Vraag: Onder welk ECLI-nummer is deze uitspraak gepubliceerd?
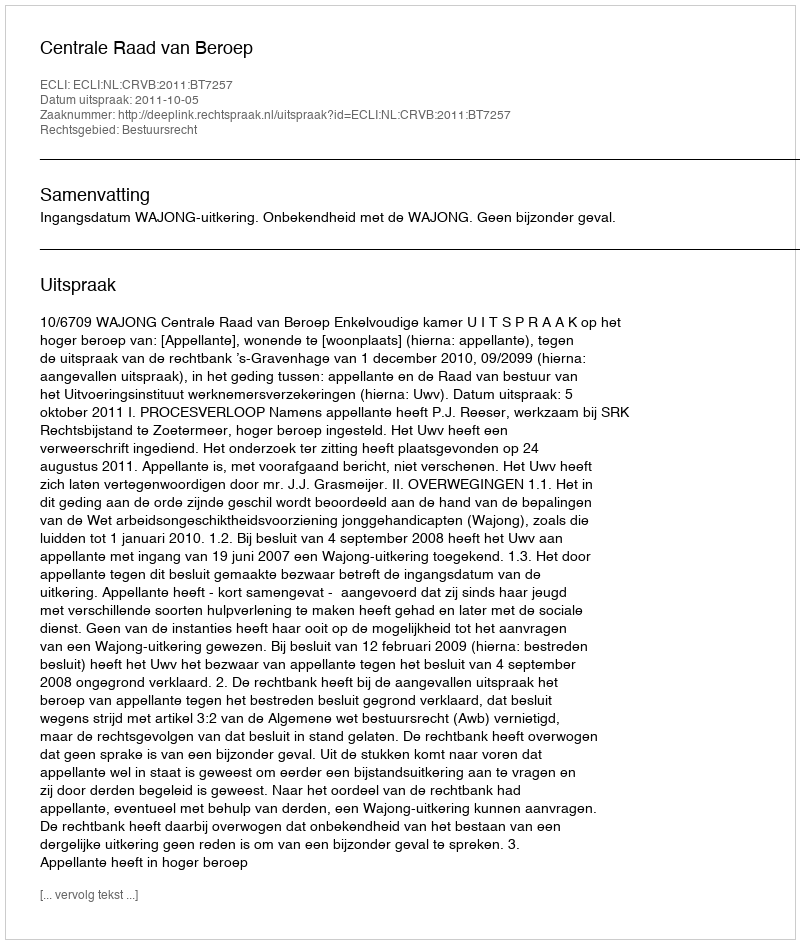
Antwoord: ECLI:NL:CRVB:2011:BT7257